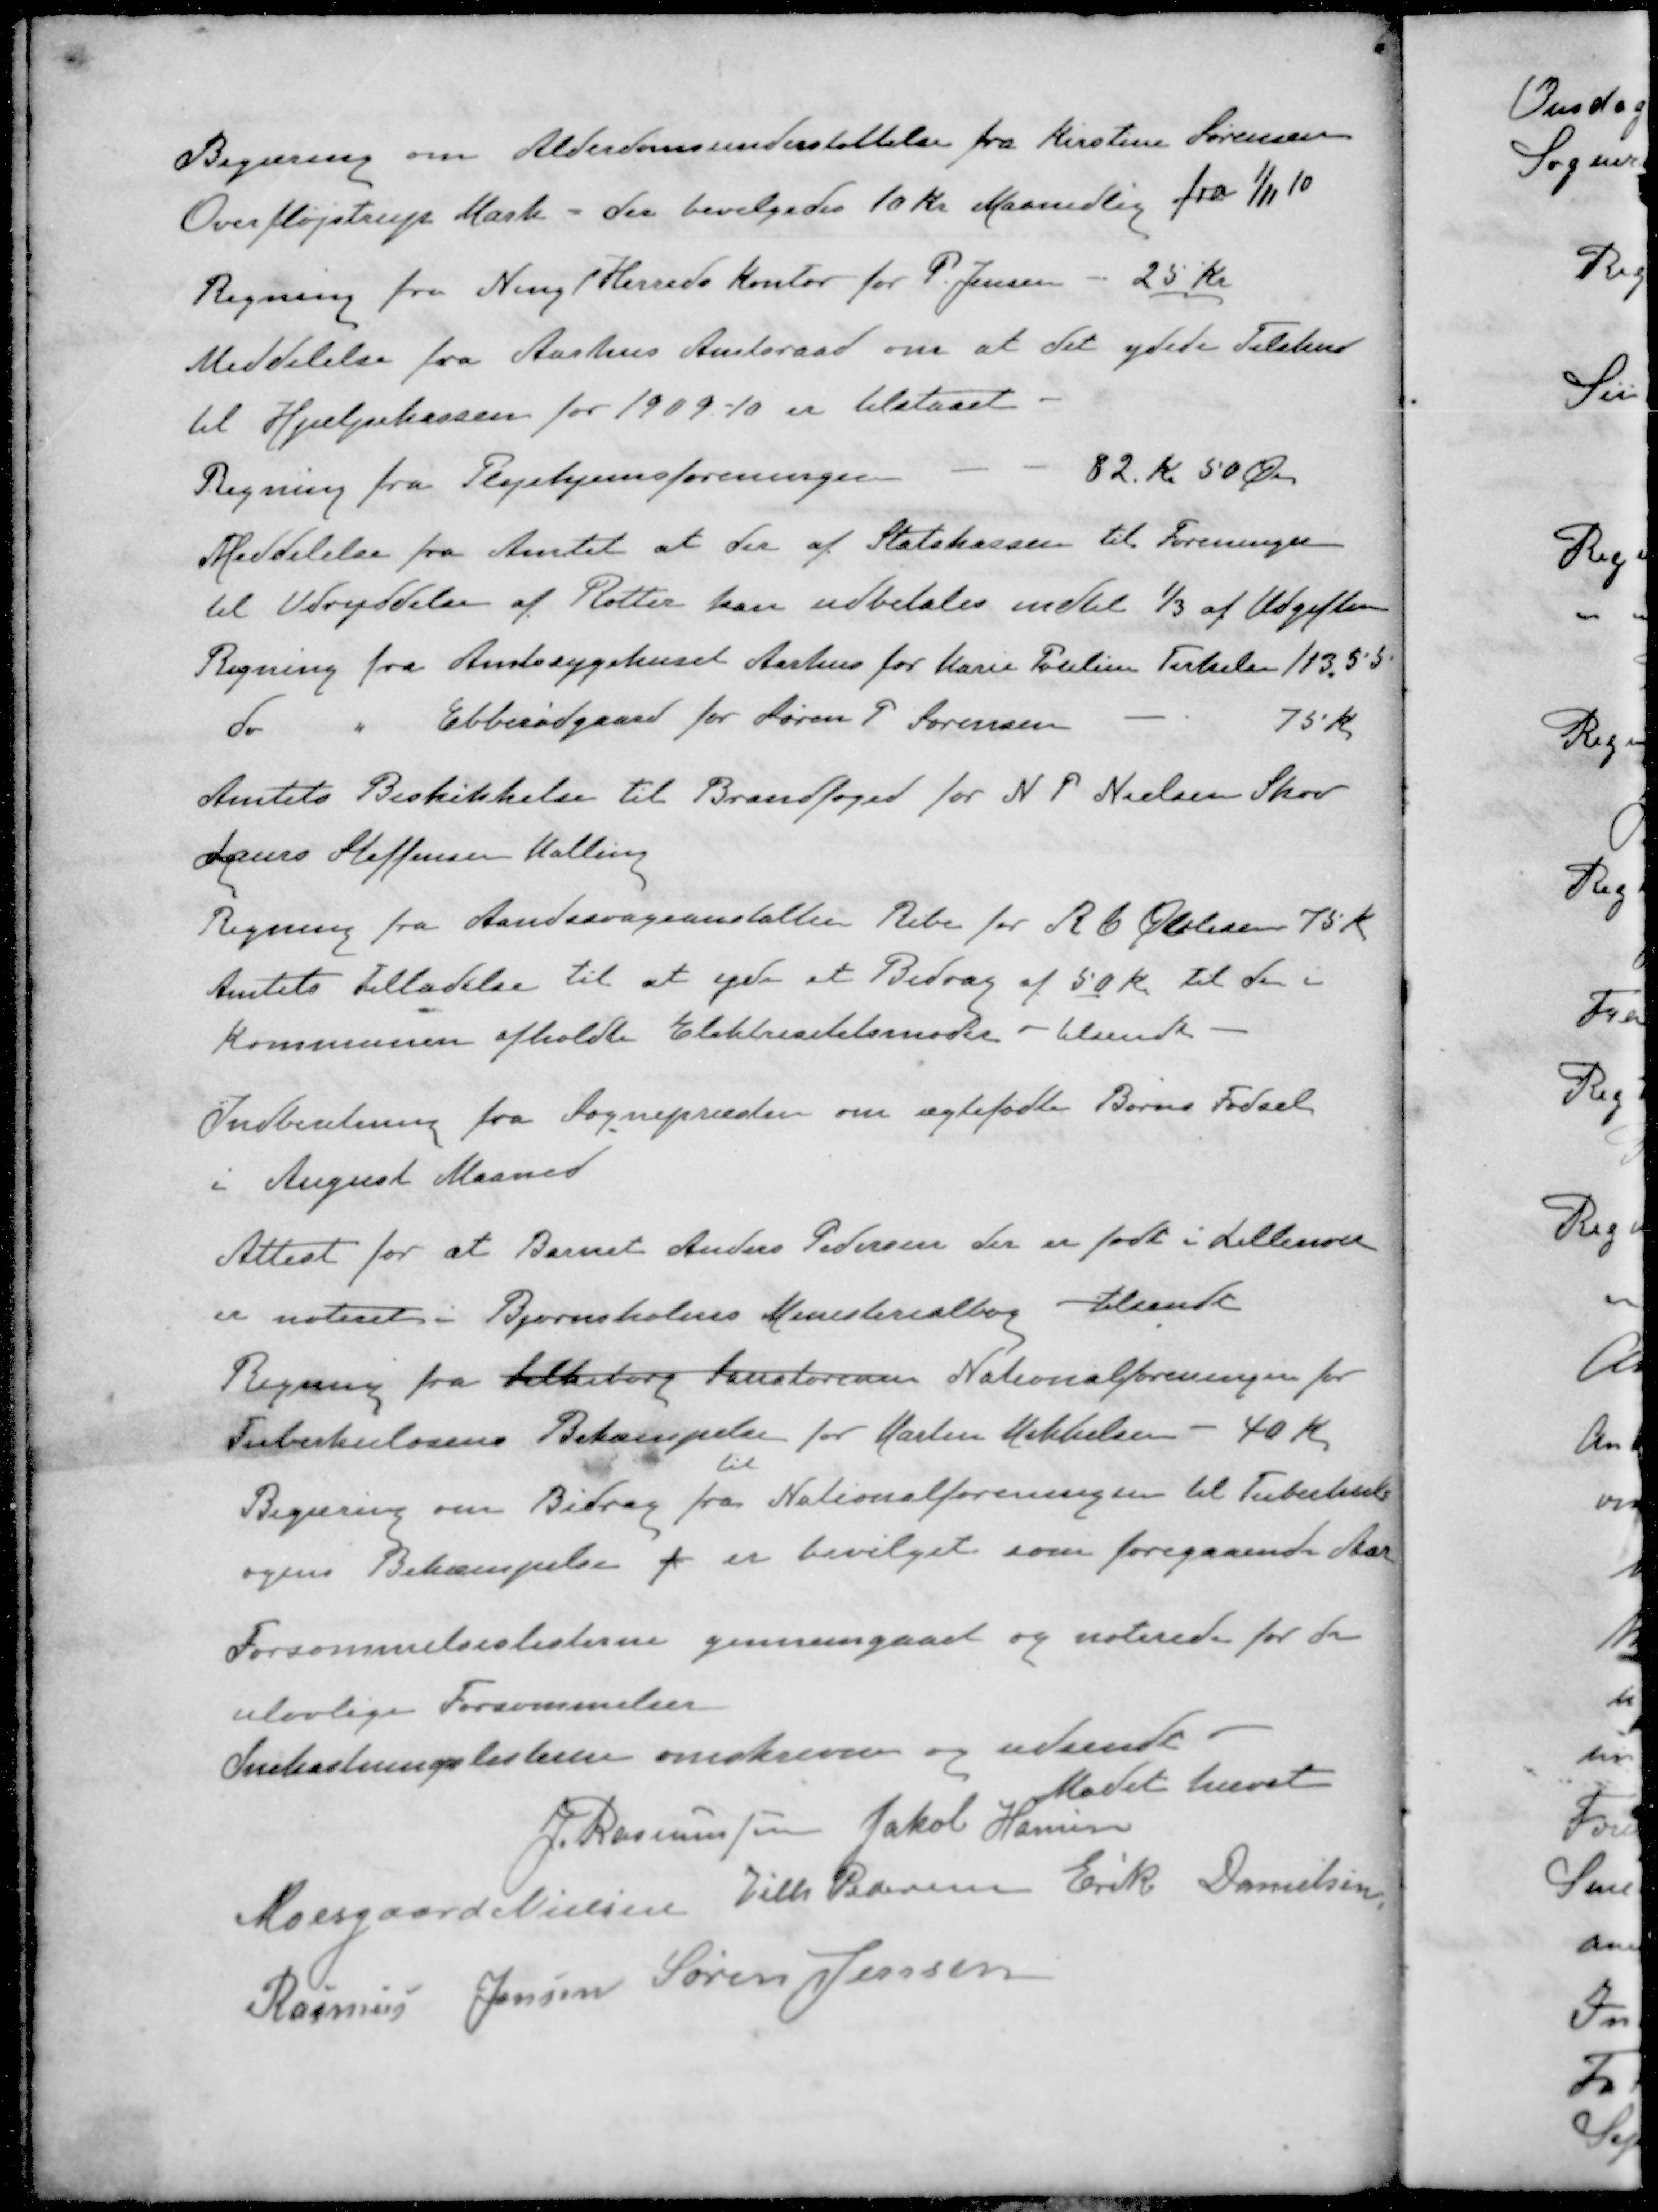
Transskription:
Begæring om Alderdomsunderstøttelse fra Kirstine Sørensen
Overfløjstrup Mark - der bevilgedes 10 Kr. Maanedlig fra 1/11 10
Regning fra Ning Herreds Kontor for P. Jensen - 25 Kr
Meddelelse fra Aarhus Amtsraad om at det ydede Tilskud
til Hjælpekassen for 1909-10 er tilstaaet.
Regning fra Plejehjemsforeningen
82 Kr 50 Øre
Meddelelse fra Amtet at der af Statskassen til Foreningern
til Udryddelse af Rotter kan udbetales indtil 1/3 af Udgiften
Regning fra Amtssygehuset Aarhus for Marie Pouline Terkelsen 113,55
do " Ebberødgaard for Søren P Sørensen
75 Kr
Amtets Beskikkelse til Brandfoged for N. P. Nielsen Skov
Laurs Steffensen Malling
Regning fra Aandssvageanstalten Ribe for R C Øvlisen 75 Kr
Amtets Tilladelse til at yde at Bidrag af 50 Kr. til de i
Kommunen afholdte Elektricitetsmøder - tilsendt
Indberetning fra Sognepræsten om ægtefødte Børns Fødsel
i August Maaned
Attest for at Barnet Anders Pedersen der er født i Lillenor
er noteret i Bjørnskolens Ministerialbog - tilsendt
Regning fra Silkeborg Sanatorium Nationalforeningen for
Tuberkulosens Bekæmpelse for Martin Mikkelsen - 40 Kr.
til
Begæring om Bidrag fra Nationalforeningen til Tuberkul
ogens Bekæmpelse f er bevilget som foregaaende Aar
Forsømmelseslisterne gennemgaaet og noterede for de
ulovlige Forsømmelser
Snekastningslisterne omskrevne og udsende 
Mødet hævet
J Rasmussen
Jakob Hansen
Moesgaard Nielsen
Vilh Pedersen
Erik Danielsen
Rasmus Jensen
Søren Jensen